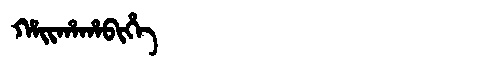
Manchu: ᡥᠠᡳᡥᠠᡥᠠᠪᡳᡥᡝ
Romanization: HAIHAHABIHE